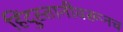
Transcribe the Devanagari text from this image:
हिंदुस्तानीवरूनच